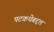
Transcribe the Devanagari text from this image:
पटकथेबद्दल